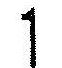
1